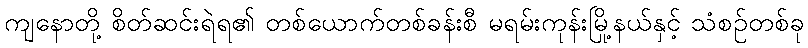
ကျနောတို့ စိတ်ဆင်းရဲရ၏ တစ်ယောက်တစ်ခန်းစီ မရမ်းကုန်းမြို့နယ်နှင့် သံစဉ်တစ်ခု